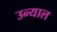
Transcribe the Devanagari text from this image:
उन्याल